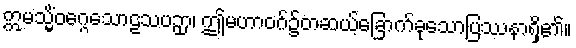
ဣမသ္မိံဝဂ္ဂေသောဠသပဉှာ၊ ဤမဟာဝဂ်၌တဆယ့်ခြောက်ခုသောပြဿနာရှိ၏။